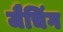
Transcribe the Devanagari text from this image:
जैचिंग